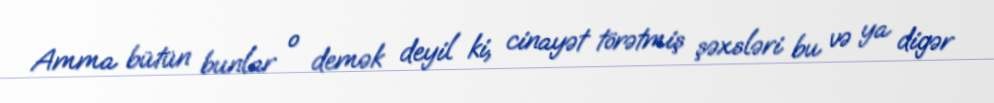
Amma bütün bunlar o demək deyil ki, cinayət törətmiş şəxsləri bu və ya digər